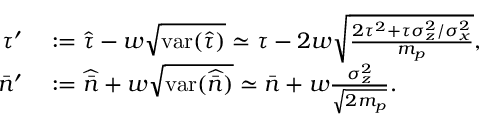
\begin{array} { r l } { \tau ^ { \prime } } & { { } : = \hat { \tau } - w \sqrt { \mathrm { v a r } ( \hat { \tau } ) } \simeq \tau - 2 w \sqrt { \frac { 2 \tau ^ { 2 } + \tau \sigma _ { z } ^ { 2 } / \sigma _ { x } ^ { 2 } } { m _ { p } } } , } \\ { \bar { n } ^ { \prime } } & { { } : = \widehat { \bar { n } } + w \sqrt { \mathrm { v a r } ( \widehat { \bar { n } } ) } \simeq \bar { n } + w \frac { \sigma _ { z } ^ { 2 } } { \sqrt { 2 m _ { p } } } . } \end{array}